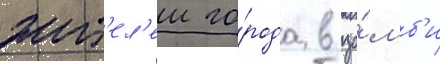
жит'ел'еи го́рода в зо́мб'и